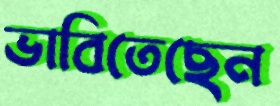
ভাবিতেছেন